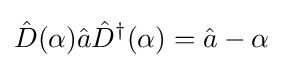
{\hat {D}}(\alpha ){\hat {a}}{\hat {D}}^{\dagger }(\alpha )={\hat {a}}-\alpha